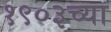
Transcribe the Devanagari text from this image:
१९०३च्या